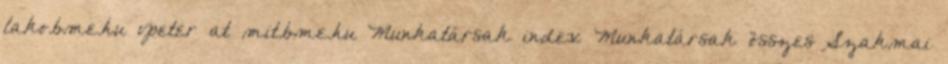
lako.bme.hu vpeter at mit.bme.hu Munkatársak index Munkatársak összes Szakmai